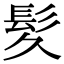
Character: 𫘹